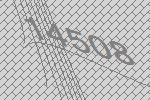
14508